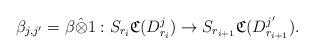
LaTeX: \begin{align*} \beta_{j,j'} = \beta \hat{\otimes} 1: S_{r_i} {\frak C}(D_{r_i}^j) \to S_{r_{i+1}} {\frak C}(D_{r_{i+1}}^{j'}). \end{align*}